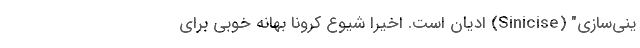
ینی‌سازی" (Sinicise) ادیان است. اخیرا شیوع کرونا بهانه خوبی برای